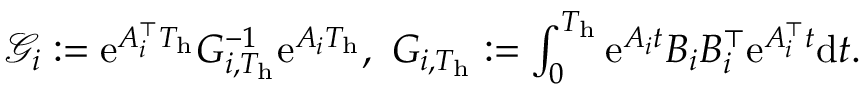
\begin{array} { r l } & { { \mathscr G } _ { i } : = \mathrm { e } ^ { A _ { i } ^ { \top } T _ { \mathrm { h } } } G _ { i , T _ { \mathrm { h } } } ^ { - 1 } \mathrm { e } ^ { A _ { i } T _ { \mathrm { h } } } , \ G _ { i , T _ { \mathrm { h } } } : = \int _ { 0 } ^ { T _ { \mathrm { h } } } \mathrm { e } ^ { A _ { i } t } B _ { i } B _ { i } ^ { \top } \mathrm { e } ^ { A _ { i } ^ { \top } t } \mathrm { d } t . } \end{array}